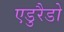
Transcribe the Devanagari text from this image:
एडुरैडो